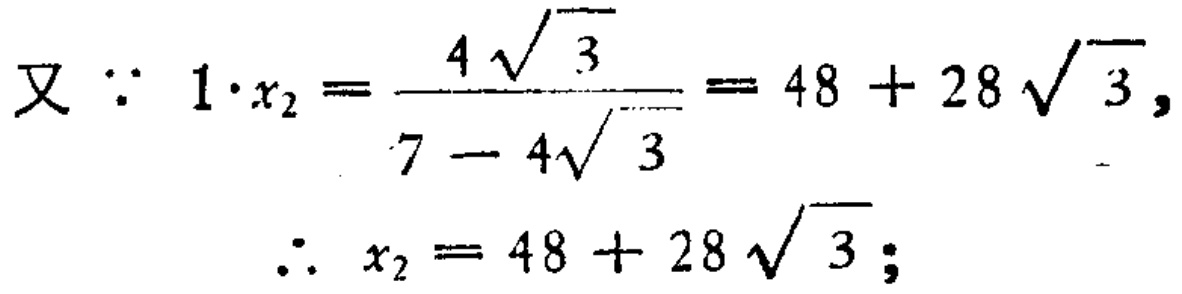
又 \(\because 1\cdot x_{2}=\frac{4\sqrt{3}}{7 - 4\sqrt{3}} = 48 + 28\sqrt{3}\)，
\(\therefore x_{2}=48 + 28\sqrt{3}\)；